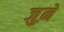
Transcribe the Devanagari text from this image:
जुऩे